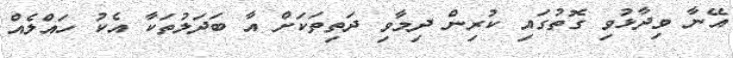
އޭނާ ވިދާޅުވި ގޮތުގައި ކުރިން ދިމާވި ދަތިތަކަށް އާ ބަދަލުތަކާ އެކު ހައްލެއް